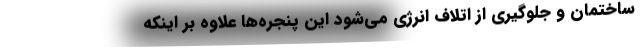
ساختمان و جلوگیری از اتلاف انرژی می‌شود این پنجره‌ها علاوه بر اینکه